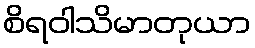
စိရဝါသိမာတုယာ